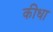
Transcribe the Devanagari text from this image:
कीधा